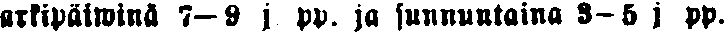
arkipäiwinä 7—9 j. pp. ja sunnuntaina 3—5 j pp.